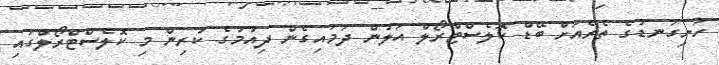
ހަށިގަނޑުގެ ތެރެއަށް ބޭޑް ކޮލެސްޓްރޯލް އަލުން ދަމައިގެން ދިއުމުގެ ކުރިން މި ކޮލެސްޓްރޯލްގައި